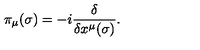
\pi _ { \mu } ( \sigma ) = - i \frac { \delta } { \delta x ^ { \mu } ( \sigma ) } .